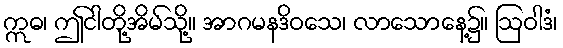
ဣဓ၊ ဤငါတို့အိမ်သို့။ အာဂမနဒိဝသေ၊ လာသောနေ့၌။ ဩဝါဒံ၊